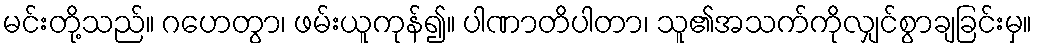
မင်းတို့သည်။ ဂဟေတွာ၊ ဖမ်းယူကုန်၍။ ပါဏာတိပါတာ၊ သူ၏အသက်ကိုလျှင်စွာချခြင်းမှ။